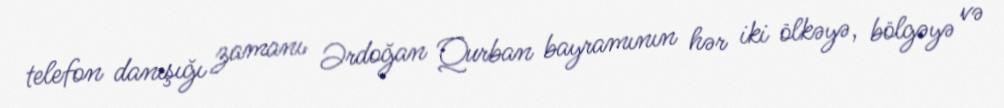
telefon danışığı zamanı Ərdoğan Qurban bayramının hər iki ölkəyə, bölgəyə və